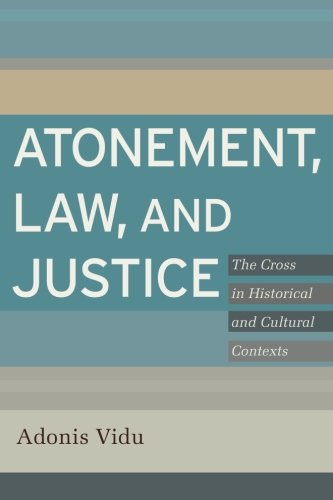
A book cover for Atonement, Law, and Justice: The Cross in Historical and Cultural Contexts; Adonis Vidu; Christian Books & Bibles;